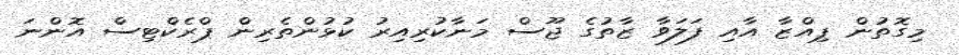
މިގޮތުން ޕިއްޒާ އާއި ފަލަވާ ޒާތުގެ ޖޫސް މަނާކުރިއިރު ކުޅުންތެރިން ޕްރެކްޓިސް އޮންނަ